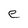
Character: e